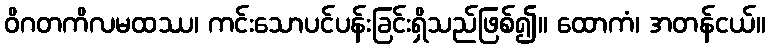
ဝိဂတကိလမထဿ၊ ကင်းသောပင်ပန်းခြင်းရှိသည်ဖြစ်၍။ ထောကံ၊ အတန်ငယ်။